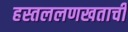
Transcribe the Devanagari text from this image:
हस्तललणखताची